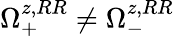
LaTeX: \Omega_{+}^{z,RR}\neq\Omega_{-}^{z,RR}